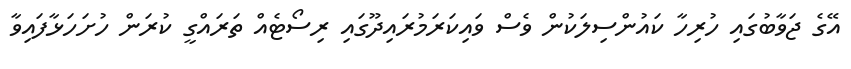
އޭގެ ޖަވާބުގައި ހުރިހާ ކައުންސިލަކުން ވެސް ވައިކަރަމުރައިދޫގައި ރިސޯޓެއް ތަރައްގީ ކުރަން ހުށަހަޅާފައިވާ